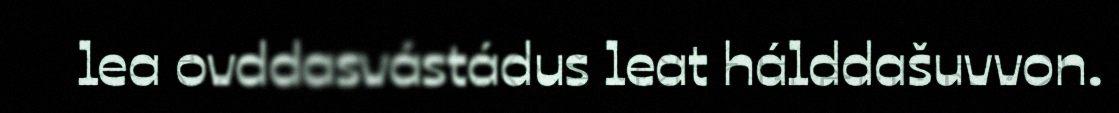
lea ovddasvástádus leat hálddašuvvon.